Report on vaccination in the Province of Bengal - 1874-1889
Year: 1874
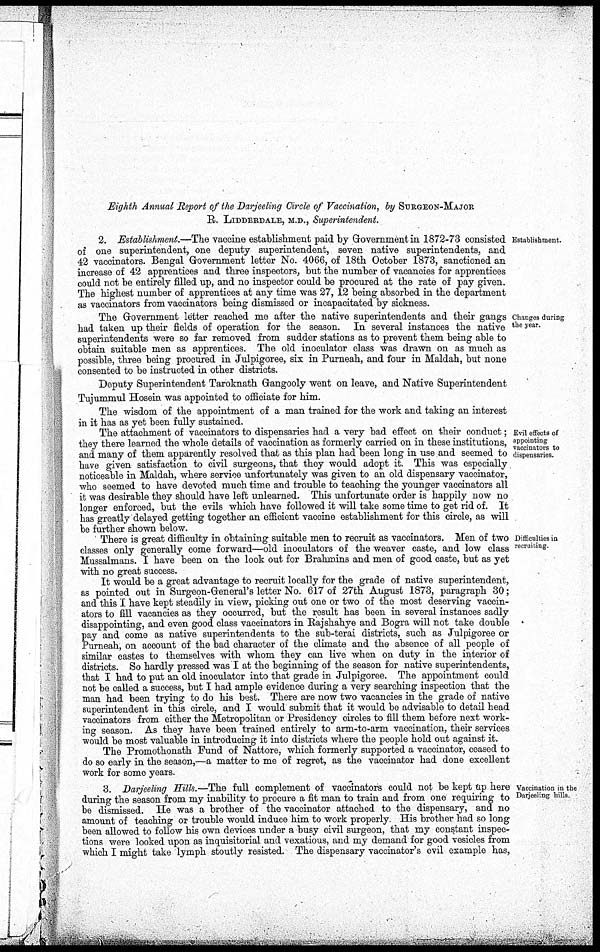
Eighth Annual Report of the Darjeeling Circle of Vaccination, by SURGEON-MAJOR
R. LIDDERDALE, M.D., Superintendent.
Establishment.
2. Establishment.—The vaccine establishment paid by Government in 1872-73 consisted
of one superintendent, one deputy superintendent, seven native superintendents, and
42 vaccinators. Bengal Government letter No. 4066, of 18th October 1873, sanctioned an
increase of 42 apprentices and three inspectors, but the number of vacancies for apprentices
could not be entirely filled up, and no inspector could be procured at the rate of pay given.
The highest number of apprentices at any time was 27, 12 being absorbed in the department
as vaccinators from vaccinators being dismissed or incapacitated by sickness.
Changes during
the year.
The Government letter reached me after the native superintendents and their gangs
had taken up their fields of operation for the season. In several instances the native
superintendents were so far removed from sudder stations as to prevent them being able to
obtain suitable men as apprentices. The old inoculator class was drawn on as much as
possible, three being procured in Julpigoree, six in Purneah, and four in Maldah, but none
consented to be instructed in other districts.
Deputy Superintendent Taroknath Gangooly went on leave, and Native Superintendent
Tujummul Hosein was appointed to officiate for him.
The wisdom of the appointment of a man trained for the work and taking an interest
in it has as yet been fully sustained.
Evil effects of
appointing
vaccinators to
dispensaries.
The attachment of vaccinators to dispensaries had a very bad effect on their conduct;
they there learned the whole details of vaccination as formerly carried on in these institutions,
and many of them apparently resolved that as this plan had been long in use and seemed to
have given satisfaction to civil surgeons, that they would adopt it. This was especially
noticeable in Maldah, where service unfortunately was given to an old dispensary vaccinator,
who seemed to have devoted much time and trouble to teaching the younger vaccinators all
it was desirable they should have left unlearned. This unfortunate order is happily now no
longer enforced, but the evils which have followed it will take some time to get rid of. It
has greatly delayed getting together an efficient vaccine establishment for this circle, as will
be further shown below.
Difficulties in
recruiting.
There is great difficulty in obtaining suitable men to recruit as vaccinators. Men of two
classes only generally come forward—old inoculators of the weaver caste, and low class
Mussalmans. I have been on the look out for Brahmins and men of good caste, but as yet
with no great success.
It would be a great advantage to recruit locally for the grade of native superintendent,
as pointed out in Surgeon-General's letter No. 617 of 27th August 1873, paragraph 30;
and this I have kept steadily in view, picking out one or two of the most deserving vaccin-
ators to fill vacancies as they occurred, but the result has been in several instances sadly
disappointing, and even good class vaccinators in Rajshahye and Bogra will not take double
pay and come as native superintendents to the sub-terai districts, such as Julpigoree or
Purneah, on account of the bad character of the climate and the absence of all people of
similar castes to themselves with whom they can live when on duty in the interior of
districts. So hardly pressed was I at the beginning of the season for native superintendents,
that I had to put an old inoculator into that grade in Julpigoree. The appointment could
not be called a success, but I had ample evidence during a very searching inspection that the
man had been trying to do his best. There are now two vacancies in the grade of native
superintendent in this circle, and I would submit that it would be advisable to detail head
vaccinators from either the Metropolitan or Presidency circles to fill them before next work-
ing season. As they have been trained entirely to arm-to-arm vaccination, their services
would be most valuable in introducing it into districts where the people hold out against it.
The Promothonath Fund of Nattore, which formerly supported a vaccinator, ceased to
do so early in the season,—a matter to me of regret, as the vaccinator had done excellent
work for some years.
Vaccination in the
Darjeeling hills.
3. Darjeeling Hills.—The full complement of vaccinators could not be kept up here
during the season from my inability to procure a fit man to train and from one requiring to
be dismissed. He was a brother of the vaccinator attached to the dispensary, and no
amount of teaching or trouble would induce him to work properly. His brother had so long
been allowed to follow his own devices under a busy civil surgeon, that my constant inspec-
tions were looked upon as inquisitorial and vexatious, and my demand for good vesicles from
which I might take lymph stoutly resisted. The dispensary vaccinator's evil example has,